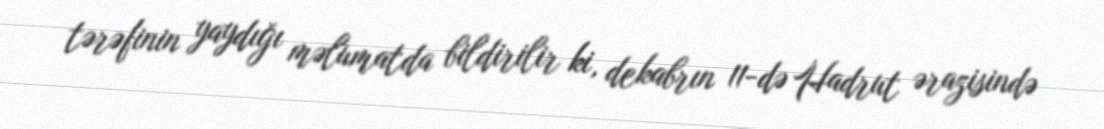
tərəfinin yaydığı məlumatda bildirilir ki, dekabrın 11-də Hadrut ərazisində